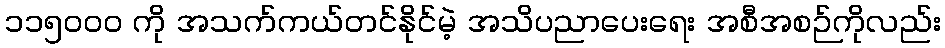
၁၁၅၀၀၀ ကို အသက်ကယ်တင်နိုင်မဲ့ အသိပညာပေးရေး အစီအစဉ်ကိုလည်း